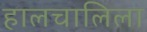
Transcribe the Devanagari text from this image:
हालचालिला